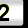
Digit: 2